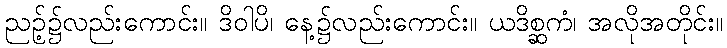
ညဉ့်၌လည်းကောင်း။ ဒိဝါပိ၊ နေ့၌လည်းကောင်း။ ယဒိစ္ဆကံ၊ အလိုအတိုင်း။